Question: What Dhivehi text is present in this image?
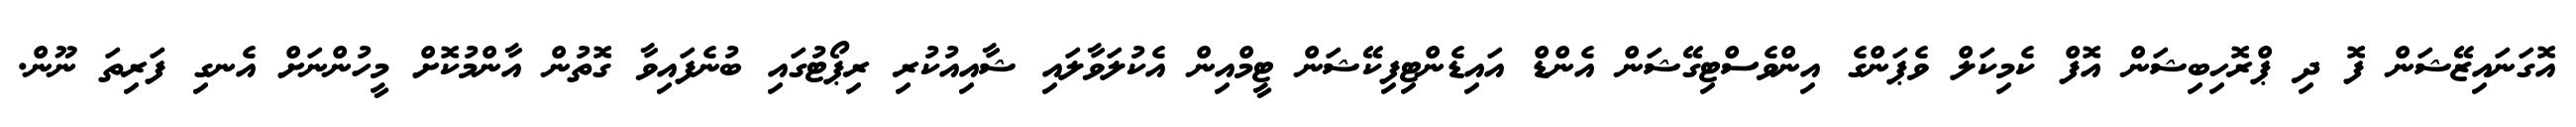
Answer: އޮގަނައިޒޭޝަން ފޮ ދި ޕްރޮހިބިޝަން އޮފް ކެމިކަލް ވެޕަންގެ އިންވެސްޓިގޭޝަން އެންޑް އައިޑެންޓިފިކޭޝަން ޓީމްއިން އެކުލަވާލައި ޝާއިއުކުރި ރިޕޯޓުގައި ބުނެފައިވާ ގޮތުން އާންމުކޮށް މީހުންނަށް އެނގި ފަރިތަ ނޫން.